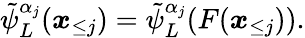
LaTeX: \tilde{\psi}_{L}^{\alpha_{j}}(\boldsymbol x_{\le j})=\tilde{\psi}_{L}^{\alpha_{j}}(F(\boldsymbol x_{\le j})).